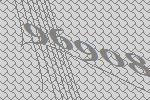
96908